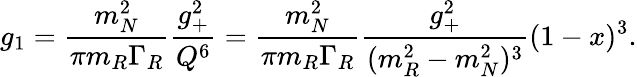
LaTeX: g_{1}={\frac{m_{N}^{2}}{\pi m_{R}\Gamma_{R}}}{\frac{g_{+}^{2}}{Q^{6}}}={\frac{m_{N}^{2}}{\pi m_{R}\Gamma_{R}}}{\frac{g_{+}^{2}}{(m_{R}^{2}-m_{N}^{2})^{3}}}(1-x)^{3}.